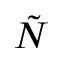
\tilde { N }